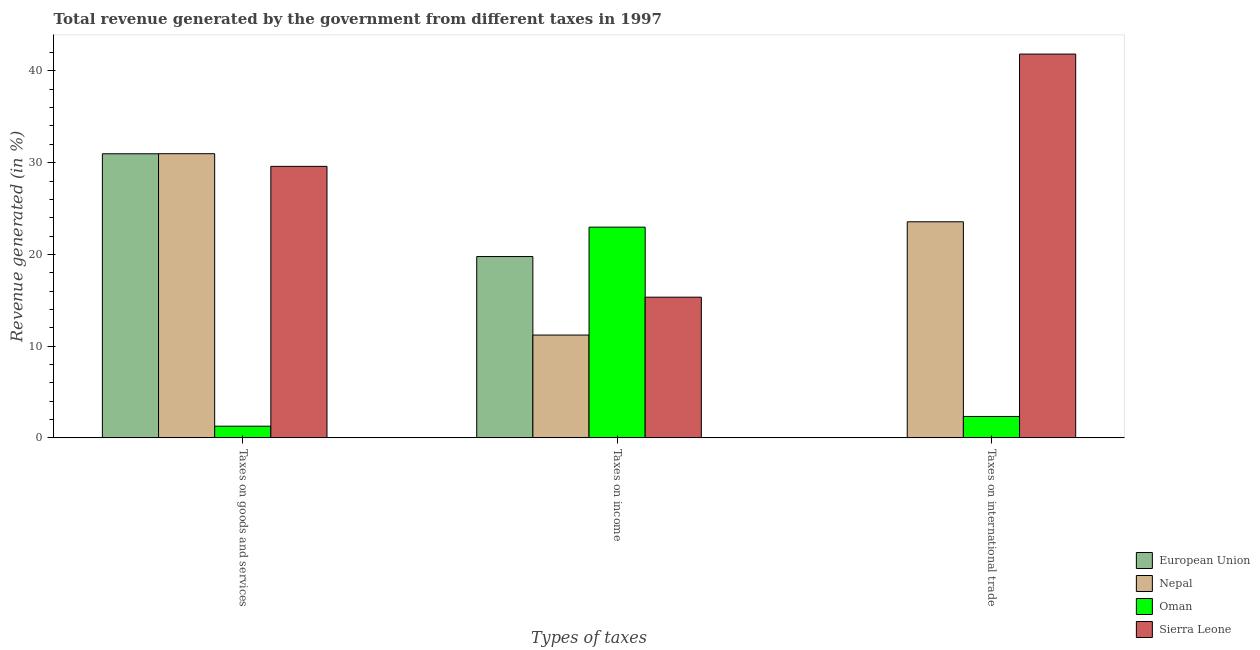
| Types of taxes | European Union | Nepal | Oman | Sierra Leone |
 | --- | --- | --- | --- | --- |
 | Taxes on goods and services | 31 | 31 | 1.27 | 29.6 |
 | Taxes on income | 19.8 | 11.2 | 23 | 15.3 |
 | Taxes on international trade | 0.0206 | 23.6 | 2.33 | 41.8 |